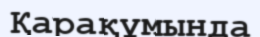
Қарақұмында